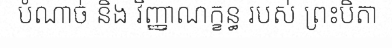
បំណាច់ និង វិញ្ញាណក្ខន្ធ របស់ ព្រះបិតា